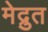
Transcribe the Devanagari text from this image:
मेद्रुत